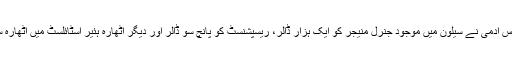
اتنا ہی نہیں، بلکہ اس آدمی نے سیلون میں موجود جنرل منیجر کو ایک ہزار ڈالر، ریسپشنسٹ کو پانچ سو ڈالر اور دیگر اٹھارہ ہئیر اسٹائلسٹ میں اٹھارہ سو ڈالر بانٹ دئیے۔